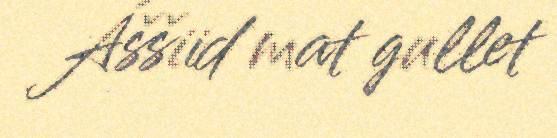
Áššiid mat gullet